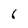
Character: 6